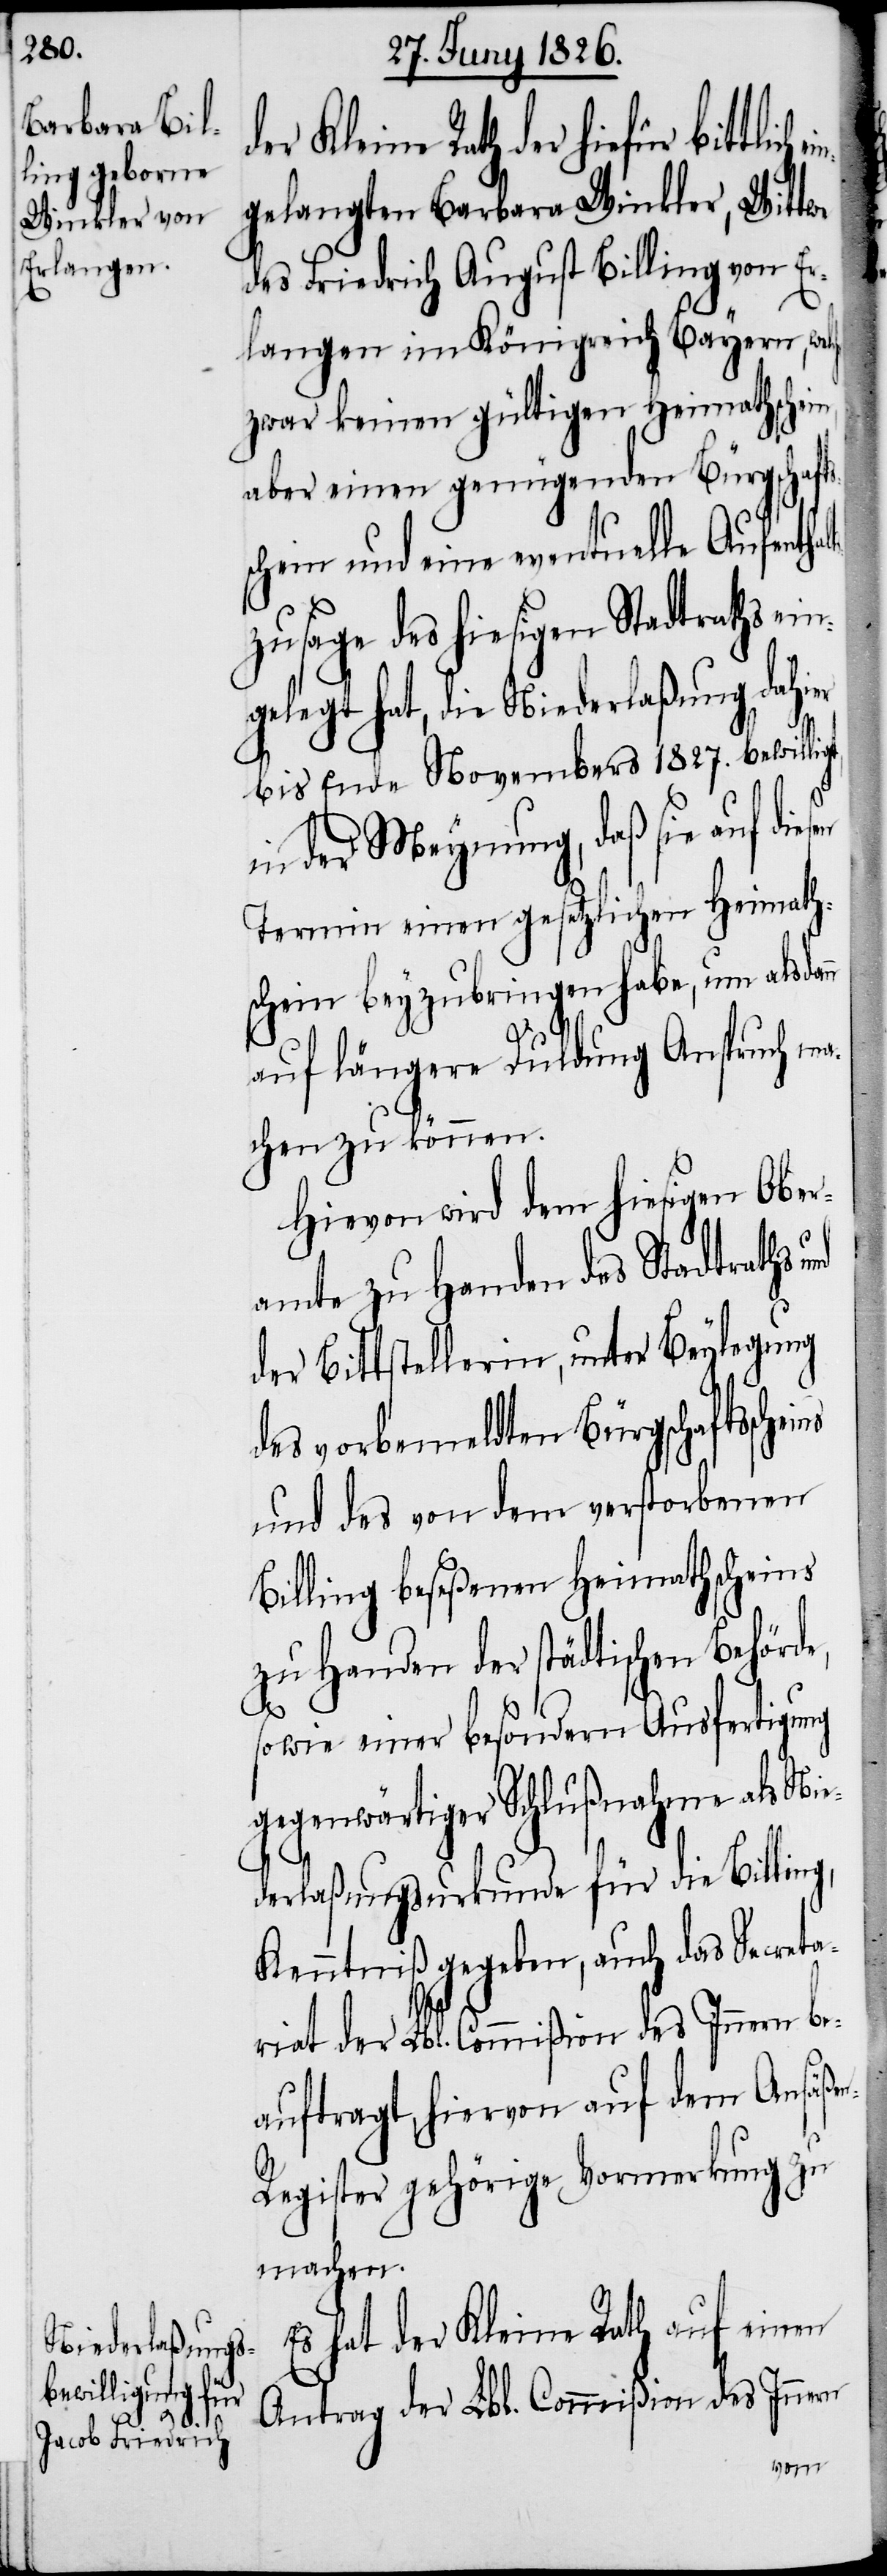
gt,

Kleine Rath der hiefür bittlich
gelangten Barbara Winkler, Wittwe
des Friedrich August Billing von Er¬
langen im Königreich Bayern,
zwar keinen gültigen Heimathschein,
aber einen genügenden Bürgschafts¬
schein und eine eventuelle Aufenthal¬
tszusage des hiesigen Stadtraths ei¬
ngelegt hat, die Niederlaßung dahier
bis Ende Novembers 1827. bewilli¬
in der Meynung, daß sie auf
Termin einen gesetzlichen Heimath¬
schein beyzubringen habe, um alsda¬
auf längere Duldung Anspruch m¬
achen zu können.
Hievon wird dem hiesigen Ober¬
amte zu Handen des Stadtraths
der Bittstellerin, unter Beylegung
des vorbemeldten Bürgschaftssch¬
und des von dem verstorbenen
Billing beseßenen Heimathscheins
zu Handen der städtischen Behörde,
sowie einer besondern Ausfertigung
gegenwärtiger Schlußnahme als Ni¬
ederlaßungsurkunde für die Billing,
Kenntniß gegeben, auch das Secreta¬
riat der Lbl. Commißion des Innern be¬
auftragt, hiervon auf dem Ansäße¬
nregister gehörige Vormerkung zu
machen.
Es hat der Kleine Rath auf einen
Antrag der Lbl. Commißion des Innern
eins